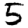
Digit: 5